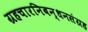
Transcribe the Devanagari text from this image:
ग्रहचारनिबन्धनसंग्रह